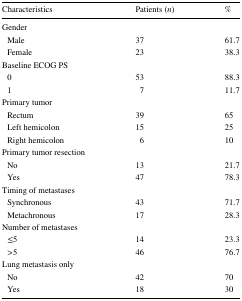
| Characteristics | Patients (n) | % |
 | --- | --- | --- |
 | Gender |  |  |
 | Male | 37 | 61.7 |
 | Female | 23 | 38.3 |
 | Baseline ECOG PS |  |  |
 | 0 | 53 | 88.3 |
 | 1 | 7 | 11.7 |
 | Primary tumor |  |  |
 | Rectum | 39 | 65 |
 | Left hemicolon | 15 | 25 |
 | Right hemicolon | 6 | 10 |
 | Primary tumor resection |  |  |
 | No | 13 | 21.7 |
 | Yes | 47 | 78.3 |
 | Timing of metastases |  |  |
 | Synchronous | 43 | 71.7 |
 | Metachronous | 17 | 28.3 |
 | Number of metastases |  |  |
 | ≤5 | 14 | 23.3 |
 | >5 | 46 | 76.7 |
 | Lung metastasis only |  |  |
 | No | 42 | 70 |
 | Yes | 18 | 30 |